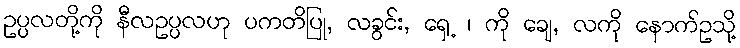
ဥပ္ပလတို့ကို နီလဥပ္ပလဟု ပကတိပြု, လခွင်း, ရှေ့ ၊ ကို ချေ, လကို နောက်ဥသို့